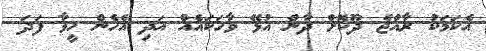
އެކަމަކު ރާއްޖެ ދޫކޮށް ދާން އުޅޭ ވާހަކައެއް އަދި އެހެން ހީވާ ފަދަ